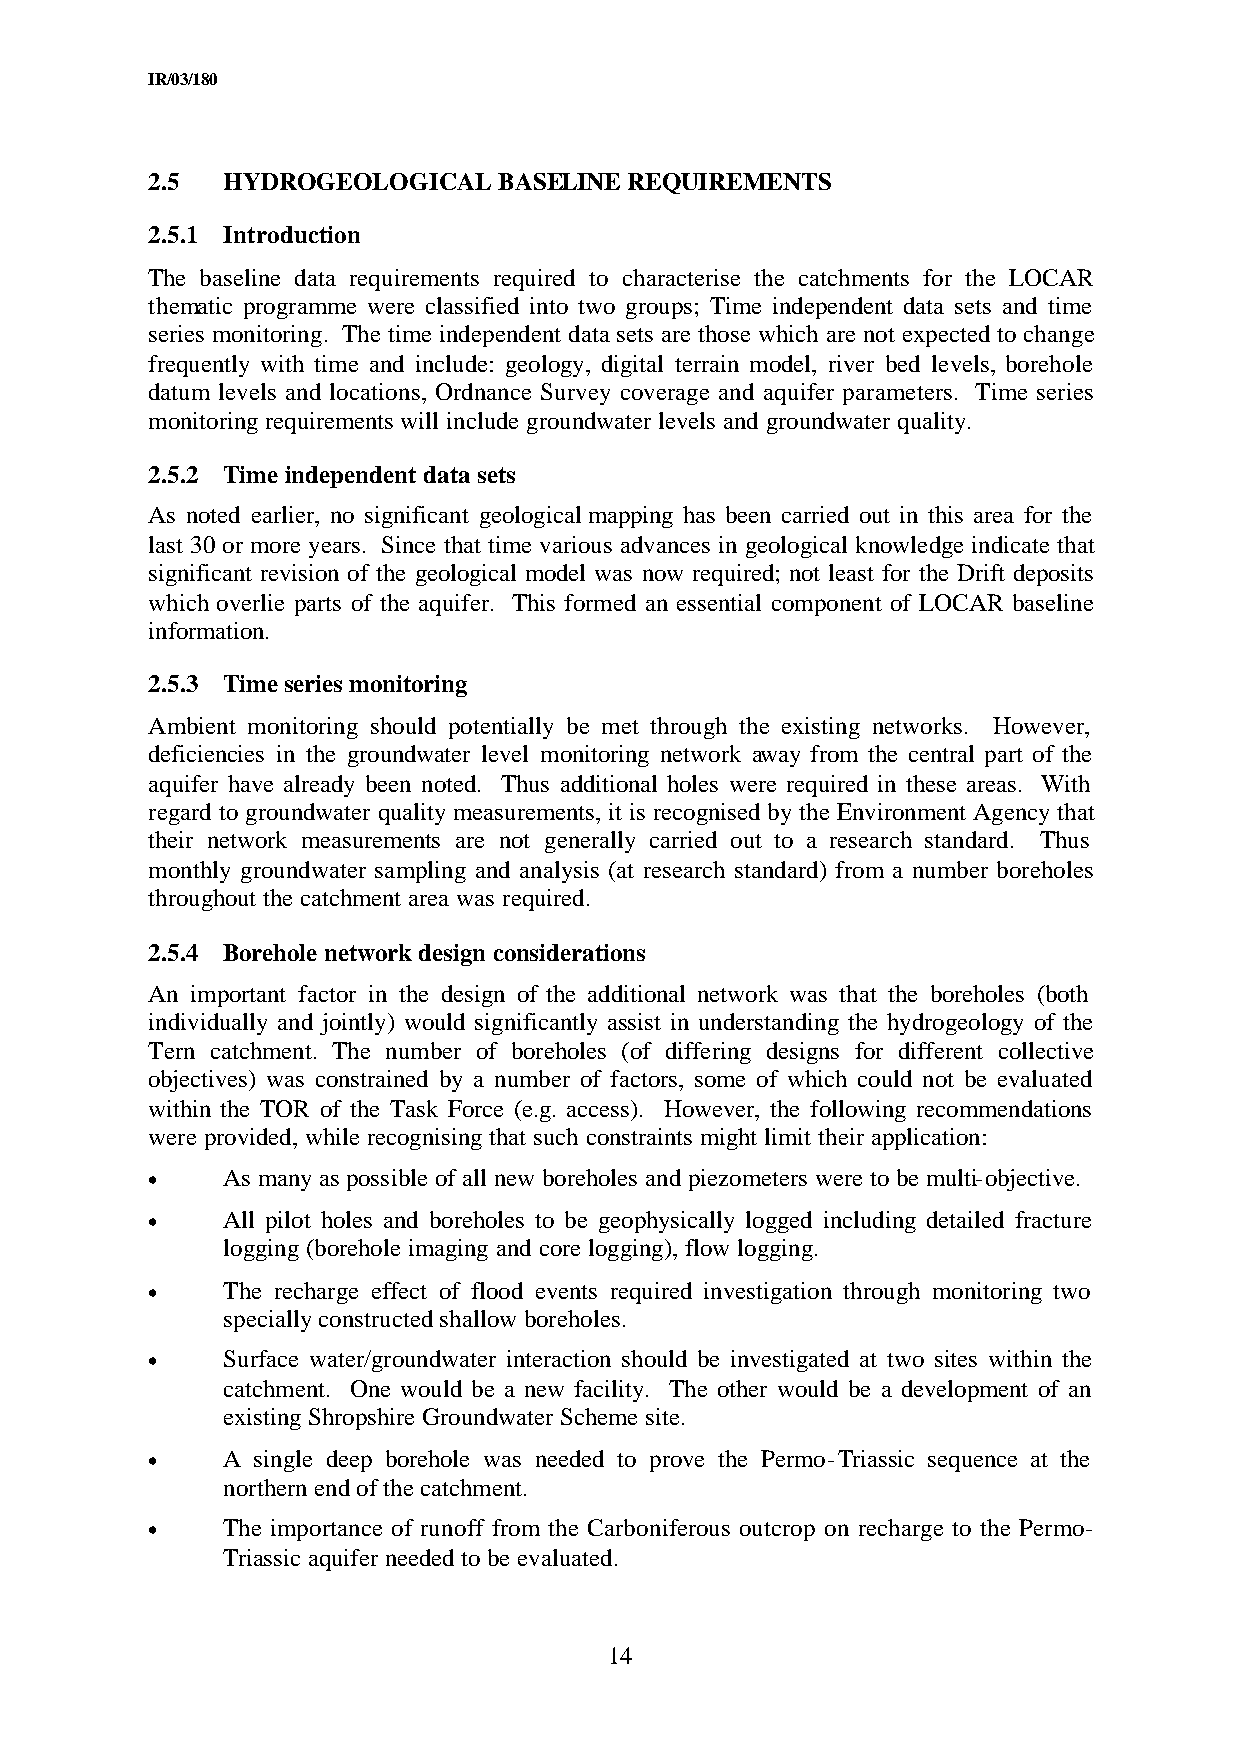
IR/03/180
 2.5  HYDROGEOLOGICAL   BASELINE REQUIREMENTS
 2.5.1 Introduction
 The baseline data requirements required to characterise the catchments for the LOCAR
 thematic programme were classified into two groups; Time independent data sets and time
 series monitoring. The time independent data sets are those which are not expected to change
 frequently with time and include: geology, digital terrain model, river bed levels, borehole
 datum levels and locations, Ordnance Survey coverage and aquifer parameters. Time series
 monitoring requirements will include groundwater levels and groundwater quality.
 2.5.2 Time independent data sets
 As noted earlier, no significant geological mapping has been carried out in this area for the
 last 30 or more years. Since that time various advances in geological knowledge indicate that
 significant revision of the geological model was now required; not least for the Drift deposits
 which overlie parts of the aquifer. This formed an essential component of LOCAR baseline
 information.
 2.5.3 Time series monitoring
 Ambient monitoring should potentially be met through the existing networks. However,
 deficiencies in the groundwater level monitoring network away from the central part of the
 aquifer have already been noted. Thus additional holes were required in these areas. With
 regard to groundwater quality measurements, it is recognised by the Environment Agency that
 their network measurements are not generally carried out to a research standard. Thus
 monthly groundwater sampling and analysis (at research standard) from a number boreholes
 throughout the catchment area was required.
 2.5.4 Borehole network design considerations
 An important factor in the design of the additional network was that the boreholes (both
 individually and jointly) would significantly assist in understanding the hydrogeology of the
 Tern catchment. The number of boreholes (of differing designs for different collective
 objectives) was constrained by a number of factors, some of which could not be evaluated
 within the TOR of the Task Force (e.g. access). However, the following recommendations
 were provided, while recognising that such constraints might limit their application:
 •    As many as possible of all new boreholes and piezometers were to be multi-objective.
 •    All pilot holes and boreholes to be geophysically logged including detailed fracture
 logging (borehole imaging and core logging), flow logging.
 •    The recharge effect of flood events required investigation through monitoring two
 specially constructed shallow boreholes.
 •    Surface water/groundwater interaction should be investigated at two sites within the
 catchment. One would be a new facility. The other would be a development of an
 existing Shropshire Groundwater Scheme site.
 •    A single deep borehole was needed to prove the Permo-Triassic sequence at the
 northern end of the catchment.
 •    The importance of runoff from the Carboniferous outcrop on recharge to the Permo-
 Triassic aquifer needed to be evaluated.
 14